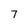
Character: 7